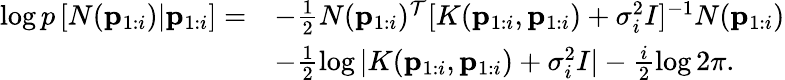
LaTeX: \begin{array}{rl}{\log p\left[N(\mathbf{p}_{1:i})|\mathbf{p}_{1:i}\right]=}&{-\frac{1}{2}N(\mathbf{p}_{1:i})^{\mathcal{T}}[K(\mathbf{p}_{1:i},\mathbf{p}_{1:i})+\sigma_{i}^{2}I]^{-1}N(\mathbf{p}_{1:i})}\\ &{-\frac{1}{2}\log|K(\mathbf{p}_{1:i},\mathbf{p}_{1:i})+\sigma_{i}^{2}I|-\frac{i}{2}\log 2\pi.}\end{array}